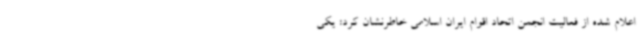
اعلام شده از فعالیت انجمن اتحاد اقوام ایران اسلامی خاطرنشان کرد: یکی